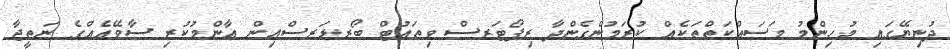
ދުނިޔޭގައި މުހިންމު މަސައްކަތްތަކެއް ކުރަމުންގެންދާ ރިޕޯޓަރސް ވިތައުޓް ބޯރޑަރސްއިން އާންމުކުރި ސާވޭއެއްގެ ނަތީޖާ